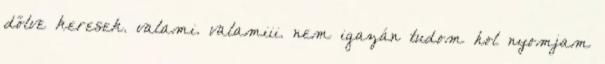
dőlve keresek. valami. valamiii. nem igazán tudom hol nyomjam